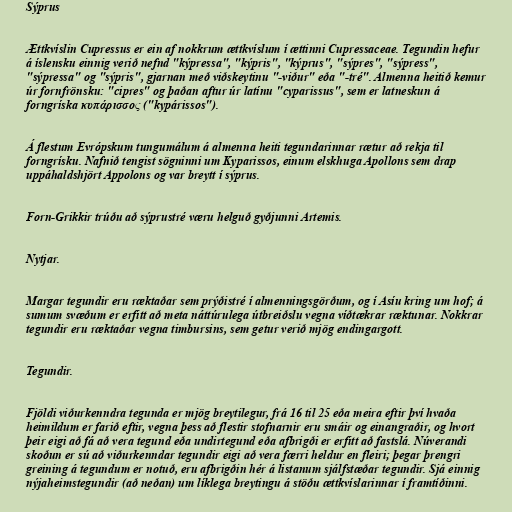
Sýprus

Ættkvíslin Cupressus er ein af nokkrum ættkvíslum í ættinni Cupressaceae. Tegundin hefur
á íslensku einnig verið nefnd "kýpressa", "kýpris", "kýprus", "sýpres", "sýpress",
"sýpressa" og "sýpris", gjarnan með viðskeytinu "-viður" eða "-tré". Almenna heitið kemur
úr fornfrönsku: "cipres" og þaðan aftur úr latínu "cyparissus", sem er latneskun á
forngríska κυπάρισσος ("kypárissos").

Á flestum Evrópskum tungumálum á almenna heiti tegundarinnar rætur að rekja til
forngrísku. Nafnið tengist sögninni um Kyparissos, einum elskhuga Apollons sem drap
uppáhaldshjört Appolons og var breytt í sýprus.

Forn-Grikkir trúðu að sýprustré væru helguð gyðjunni Artemis.

Nytjar.

Margar tegundir eru ræktaðar sem prýðistré í almenningsgörðum, og í Asíu kring um hof; á
sumum svæðum er erfitt að meta náttúrulega útbreiðslu vegna víðtækrar ræktunar. Nokkrar
tegundir eru ræktaðar vegna timbursins, sem getur verið mjög endingargott.

Tegundir.

Fjöldi viðurkenndra tegunda er mjög breytilegur, frá 16 til 25 eða meira eftir því hvaða
heimildum er farið eftir, vegna þess að flestir stofnarnir eru smáir og einangraðir, og hvort
þeir eigi að fá að vera tegund eða undirtegund eða afbrigði er erfitt að fastslá. Núverandi
skoðun er sú að viðurkenndar tegundir eigi að vera færri heldur en fleiri; þegar þrengri
greining á tegundum er notuð, eru afbrigðin hér á listanum sjálfstæðar tegundir. Sjá einnig
nýjaheimstegundir (að neðan) um líklega breytingu á stöðu ættkvíslarinnar í framtíðinni.